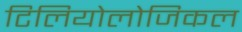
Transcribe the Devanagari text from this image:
टिलियोलोजिकल